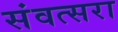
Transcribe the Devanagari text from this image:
संवत्सरा